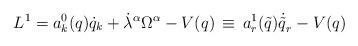
LaTeX: \begin{align*}L^1 = a_k^0 ( q ) \dot q_k + {\dot\lambda}^{\alpha} \Omega^{\alpha} - V( q ) \,\equiv \,a_r^1 ( {\tilde q} ) {\dot {\tilde q}}_r - V( q )\end{align*}